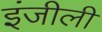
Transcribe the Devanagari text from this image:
इंजीली